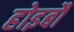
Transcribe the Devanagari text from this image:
होइबौ